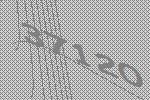
37120